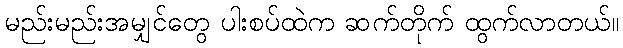
မည်းမည်းအမျှင်တွေ ပါးစပ်ထဲက ဆက်တိုက် ထွက်လာတယ်။